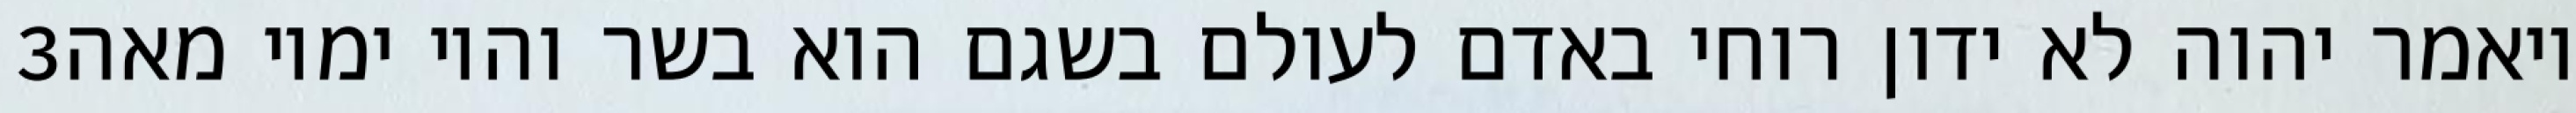
‎3‏ ויאמר יהוה לא ידון רוחי באדם לעולם בשגם הוא בשר והיו ימיו מאה